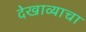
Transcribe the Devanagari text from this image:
देखाव्याचा